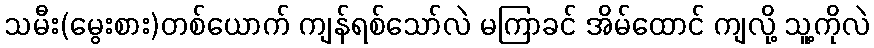
သမီး(မွေးစား)တစ်ယောက် ကျန်ရစ်သော်လဲ မကြာခင် အိမ်ထောင် ကျလို့ သူ့ကိုလဲ